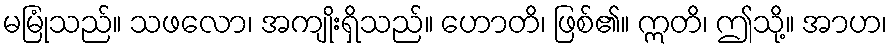
မမြုံသည်။ သဖလော၊ အကျိုးရှိသည်။ ဟောတိ၊ ဖြစ်၏။ ဣတိ၊ ဤသို့။ အာဟ၊